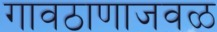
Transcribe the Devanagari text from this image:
गावठाणाजवळ